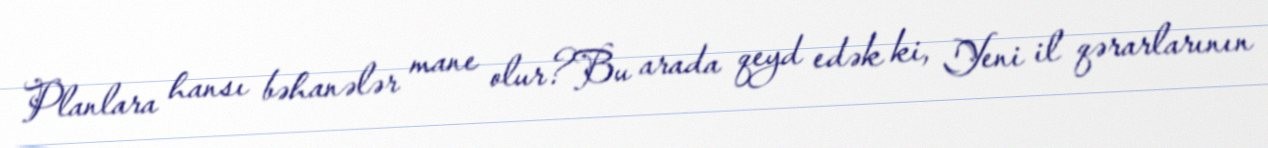
Planlara hansı bəhanələr mane olur?Bu arada qeyd edək ki, Yeni il qərarlarının